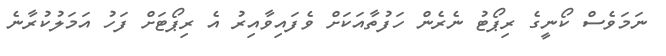
ނަމަވެސް ކޯނީގެ ރިޕޯޓު ނެރެން ހަފުތާއަކަށް ވެފައިވާއިރު އެ ރިޕޯޓަށް ފަހު އަމަލުކުރާނެ